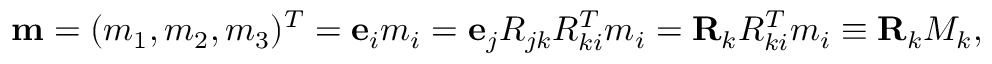
\begin{array} { r } { { \bf m } = ( m _ { 1 } , m _ { 2 } , m _ { 3 } ) ^ { T } = { \bf e } _ { i } m _ { i } = { \bf e } _ { j } R _ { j k } R _ { k i } ^ { T } m _ { i } = { \bf R } _ { k } R _ { k i } ^ { T } m _ { i } \equiv { \bf R } _ { k } M _ { k } , } \end{array}